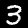
Label: 3